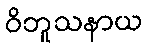
ဝိဘူသနာယ